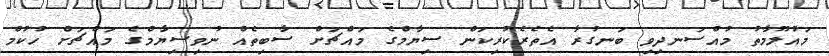
މައުލޫމާތު މުއްސަނދިވި ބަނގުރާ އެތެރެކުރިކަން ސިޔާމްގެ މައްޗަށް ސާބިތެއް ނުވިސިޔާމްގެ މައްޗަށް ހުކުމް